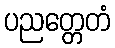
ပညတ္တေတံ